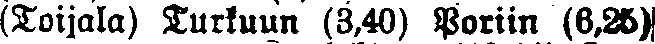
(Toijala) Turkuun (3,40) Poriin (6.25)